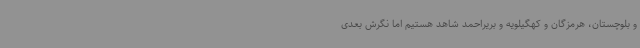
و بلوچستان، هرمزگان و کهگیلویه و بریراحمد شاهد هستیم اما نگرش بعدی